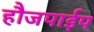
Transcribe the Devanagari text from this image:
हौजपाईप